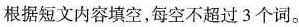
根据短文内容填空,每空不超过 3 个词.